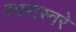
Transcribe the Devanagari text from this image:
स्वरास्वरे